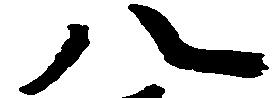
八